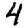
Digit: 4